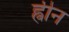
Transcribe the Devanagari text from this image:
ह्वीन